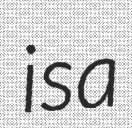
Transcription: is a